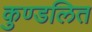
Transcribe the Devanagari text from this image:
कुण्डलित